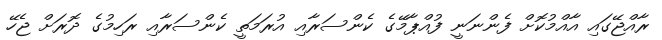
ރާއްޖޭގައި އާއްމުކޮށް ފެންނަނީ ފުއްޕާމޭގެ ކެންސަރާއި އުރަމަތީ ކެންސަރާއި ރަހިމުގެ ދޮރަށް ޖެހޭ